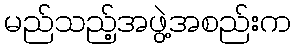
မည်သည့်အဖွဲ့အစည်းက